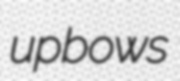
upbows